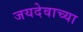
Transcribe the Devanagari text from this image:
जयदेवाच्या